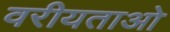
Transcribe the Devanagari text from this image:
वरीयताओ